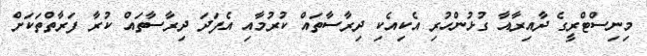
މިނިސްޓްރީގެ ދާއިރާއާ ގުޅުންހުރި އެކިއެކި ދިރާސާތައް ކުރުމާއި އެފަދަ ދިރާސާތައް ކުރާ ފަރާތްތަކަށް